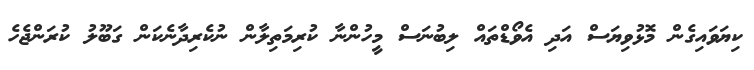
ކިޔަވައިގެން މޮޅުވިޔަސް އަދި އެވޯޑްތައް ލިބުނަސް މީހުންނާ ކުރިމަތިލާން ނުކެރިދާނެކަން ގަބޫލު ކުރަންޖެހެ